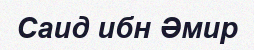
Саид ибн Әмир